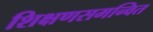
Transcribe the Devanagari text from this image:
शिक्षणसमन्वित